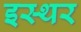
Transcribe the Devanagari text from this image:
इस्थर